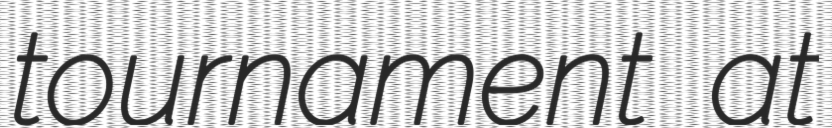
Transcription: tournament at